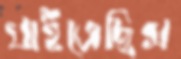
খাইতেছিস